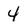
Character: 4